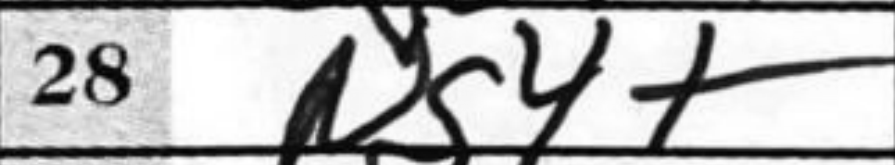
Transcription: Ng4+